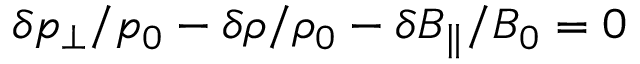
\delta p _ { \perp } / p _ { 0 } - \delta \rho / \rho _ { 0 } - \delta B _ { \| } / B _ { 0 } = 0